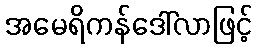
အမေရိကန်ဒေါ်လာဖြင့်